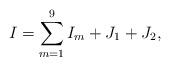
LaTeX: \begin{align*} I=\sum_{m=1}^9I_m+J_1+J_2, \end{align*}